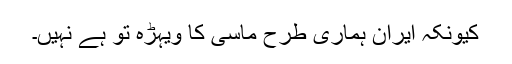
کیونکہ ایران ہماری طرح ماسی کا ویہڑہ تو ہے نہیں۔